Indian journal of veterinary science and animal husbandry - Volumes 24-25, 1954-1955
Year: 1954
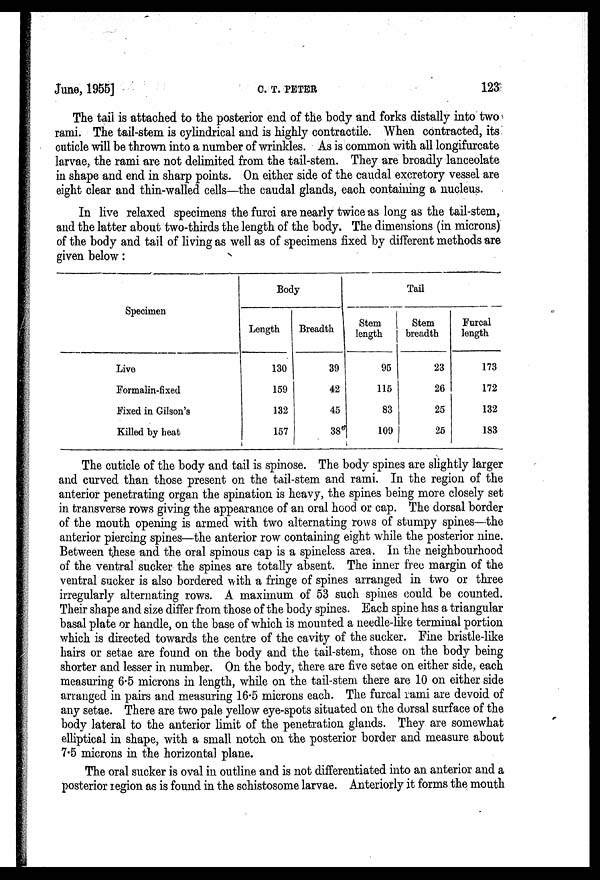
June, 1955]
C.
T.
PETER
123
The tail is attached to the posterior end of the body and forks distally into two
rami. The tail-stem is cylindrical and is highly contractile. When contracted, its
cuticle will be thrown into a number of wrinkles. As is common with all longifurcate
larvae, the rami are not delimited from the tail-stem. They are broadly lanceolate
in shape and end in sharp points. On either side of the caudal excretory vessel are
eight clear and thin-walled cells—the caudal glands, each containing a nucleus.
In live relaxed specimens the furci are nearly twice as long as the tail-stem,
and the latter about two-thirds the length of the body. The dimensions (in microns)
of the body and tail of living as well as of specimens fixed by different methods are
given below:
Specimen
Live
Formalin-fixed
Fixed in Gilson's
Killed by heat
Body
Length
130
159
132
157
Breadth
39
42
45
38
Tail
Stem
length
95
115
83
109
Stem
breadth
23
26
25
25
Furcal
length
173
172
132
183
The cuticle of the body and tail is spinose. The body spines are slightly larger
and curved than those present on the tail-stem and rami. In the region of the
anterior penetrating organ the spination is heavy, the spines being more closely set
in transverse rows giving the appearance of an oral hood or cap. The dorsal border
of the mouth opening is armed with two alternating rows of stumpy spines—the
anterior piercing spines—the anterior row containing eight while the posterior nine.
Between these and the oral spinous cap is a spineless area. In the neighbourhood
of the ventral sucker the spines are totally absent. The inner free margin of the
ventral sucker is also bordered with a fringe of spines arranged in two or three
irregularly alternating rows. A maximum of 53 such spines could be counted.
Their shape and size differ from those of the body spines. Each spine has a triangular
basal plate or handle, on the base of which is mounted a needle-like terminal portion
which is directed towards the centre of the cavity of the sucker. Fine bristle-like
hairs or setae are found on the body and the tail-stem, those on the body being
shorter and lesser in number. On the body, there are five setae on either side, each
measuring 6.5 microns in length, while on the tail-stem there are 10 on either side
arranged in pairs and measuring 16.5 microns each. The furcal rami are devoid of
any setae. There are two pale yellow eye-spots situated on the dorsal surface of the
body lateral to the anterior limit of the penetration glands. They are somewhat
elliptical in shape, with a small notch on the posterior border and measure about
7.5 microns in the horizontal plane.
The oral sucker is oval in outline and is not differentiated into an anterior and a
posterior region as is found in the schistosome larvae. Anteriorly it forms the mouth